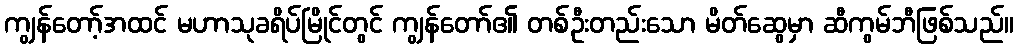
ကျွန်တော့်အထင် မဟာသုခရိပ်မြိုင်တွင် ကျွန်တော်၏ တစ်ဦးတည်းသော မိတ်ဆွေမှာ ဆီကွမ်ဘီဖြစ်သည်။